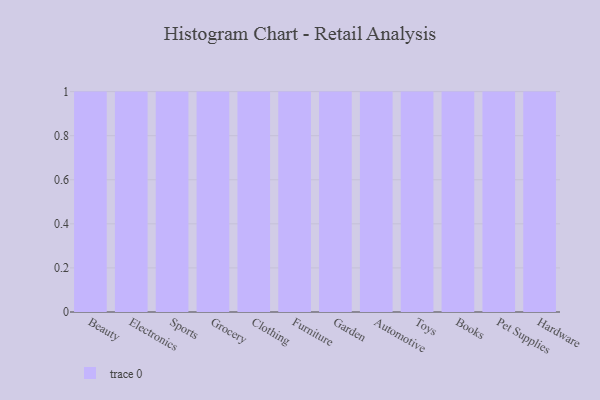
{"axis": {"x": "Category", "y": "Active Users"}, "legend": [""], "data": [{"x": "Beauty", "y": 84, "type": ""}, {"x": "Electronics", "y": 94, "type": ""}, {"x": "Sports", "y": 72, "type": ""}, {"x": "Grocery", "y": 32, "type": ""}, {"x": "Clothing", "y": 41, "type": ""}, {"x": "Furniture", "y": 91, "type": ""}, {"x": "Garden", "y": 31, "type": ""}, {"x": "Automotive", "y": 31, "type": ""}, {"x": "Toys", "y": 26, "type": ""}, {"x": "Books", "y": 15, "type": ""}, {"x": "Pet Supplies", "y": 69, "type": ""}, {"x": "Hardware", "y": 72, "type": ""}]}